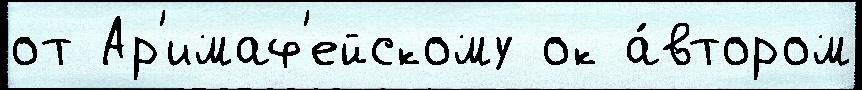
от Ар'имаф'ейскому ок а́втором